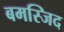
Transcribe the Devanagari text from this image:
बमस्जिद